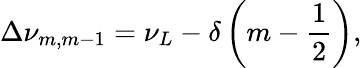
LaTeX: \Delta\nu_{m,m-1}=\nu_{L}-\delta\left(m-\frac{1}{2}\right),